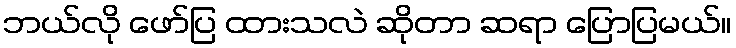
ဘယ်လို ဖော်ပြ ထားသလဲ ဆိုတာ ဆရာ ပြောပြမယ်။